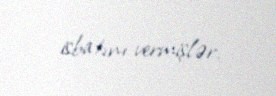
isbatını vermişlər.